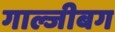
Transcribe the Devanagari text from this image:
गाल्जीबग